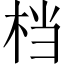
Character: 档